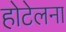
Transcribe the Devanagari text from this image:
होटेलना